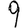
Digit: 9